65_HS1-834228961_62-HQ-83894_Section_1
Agency: FBI
Page 178
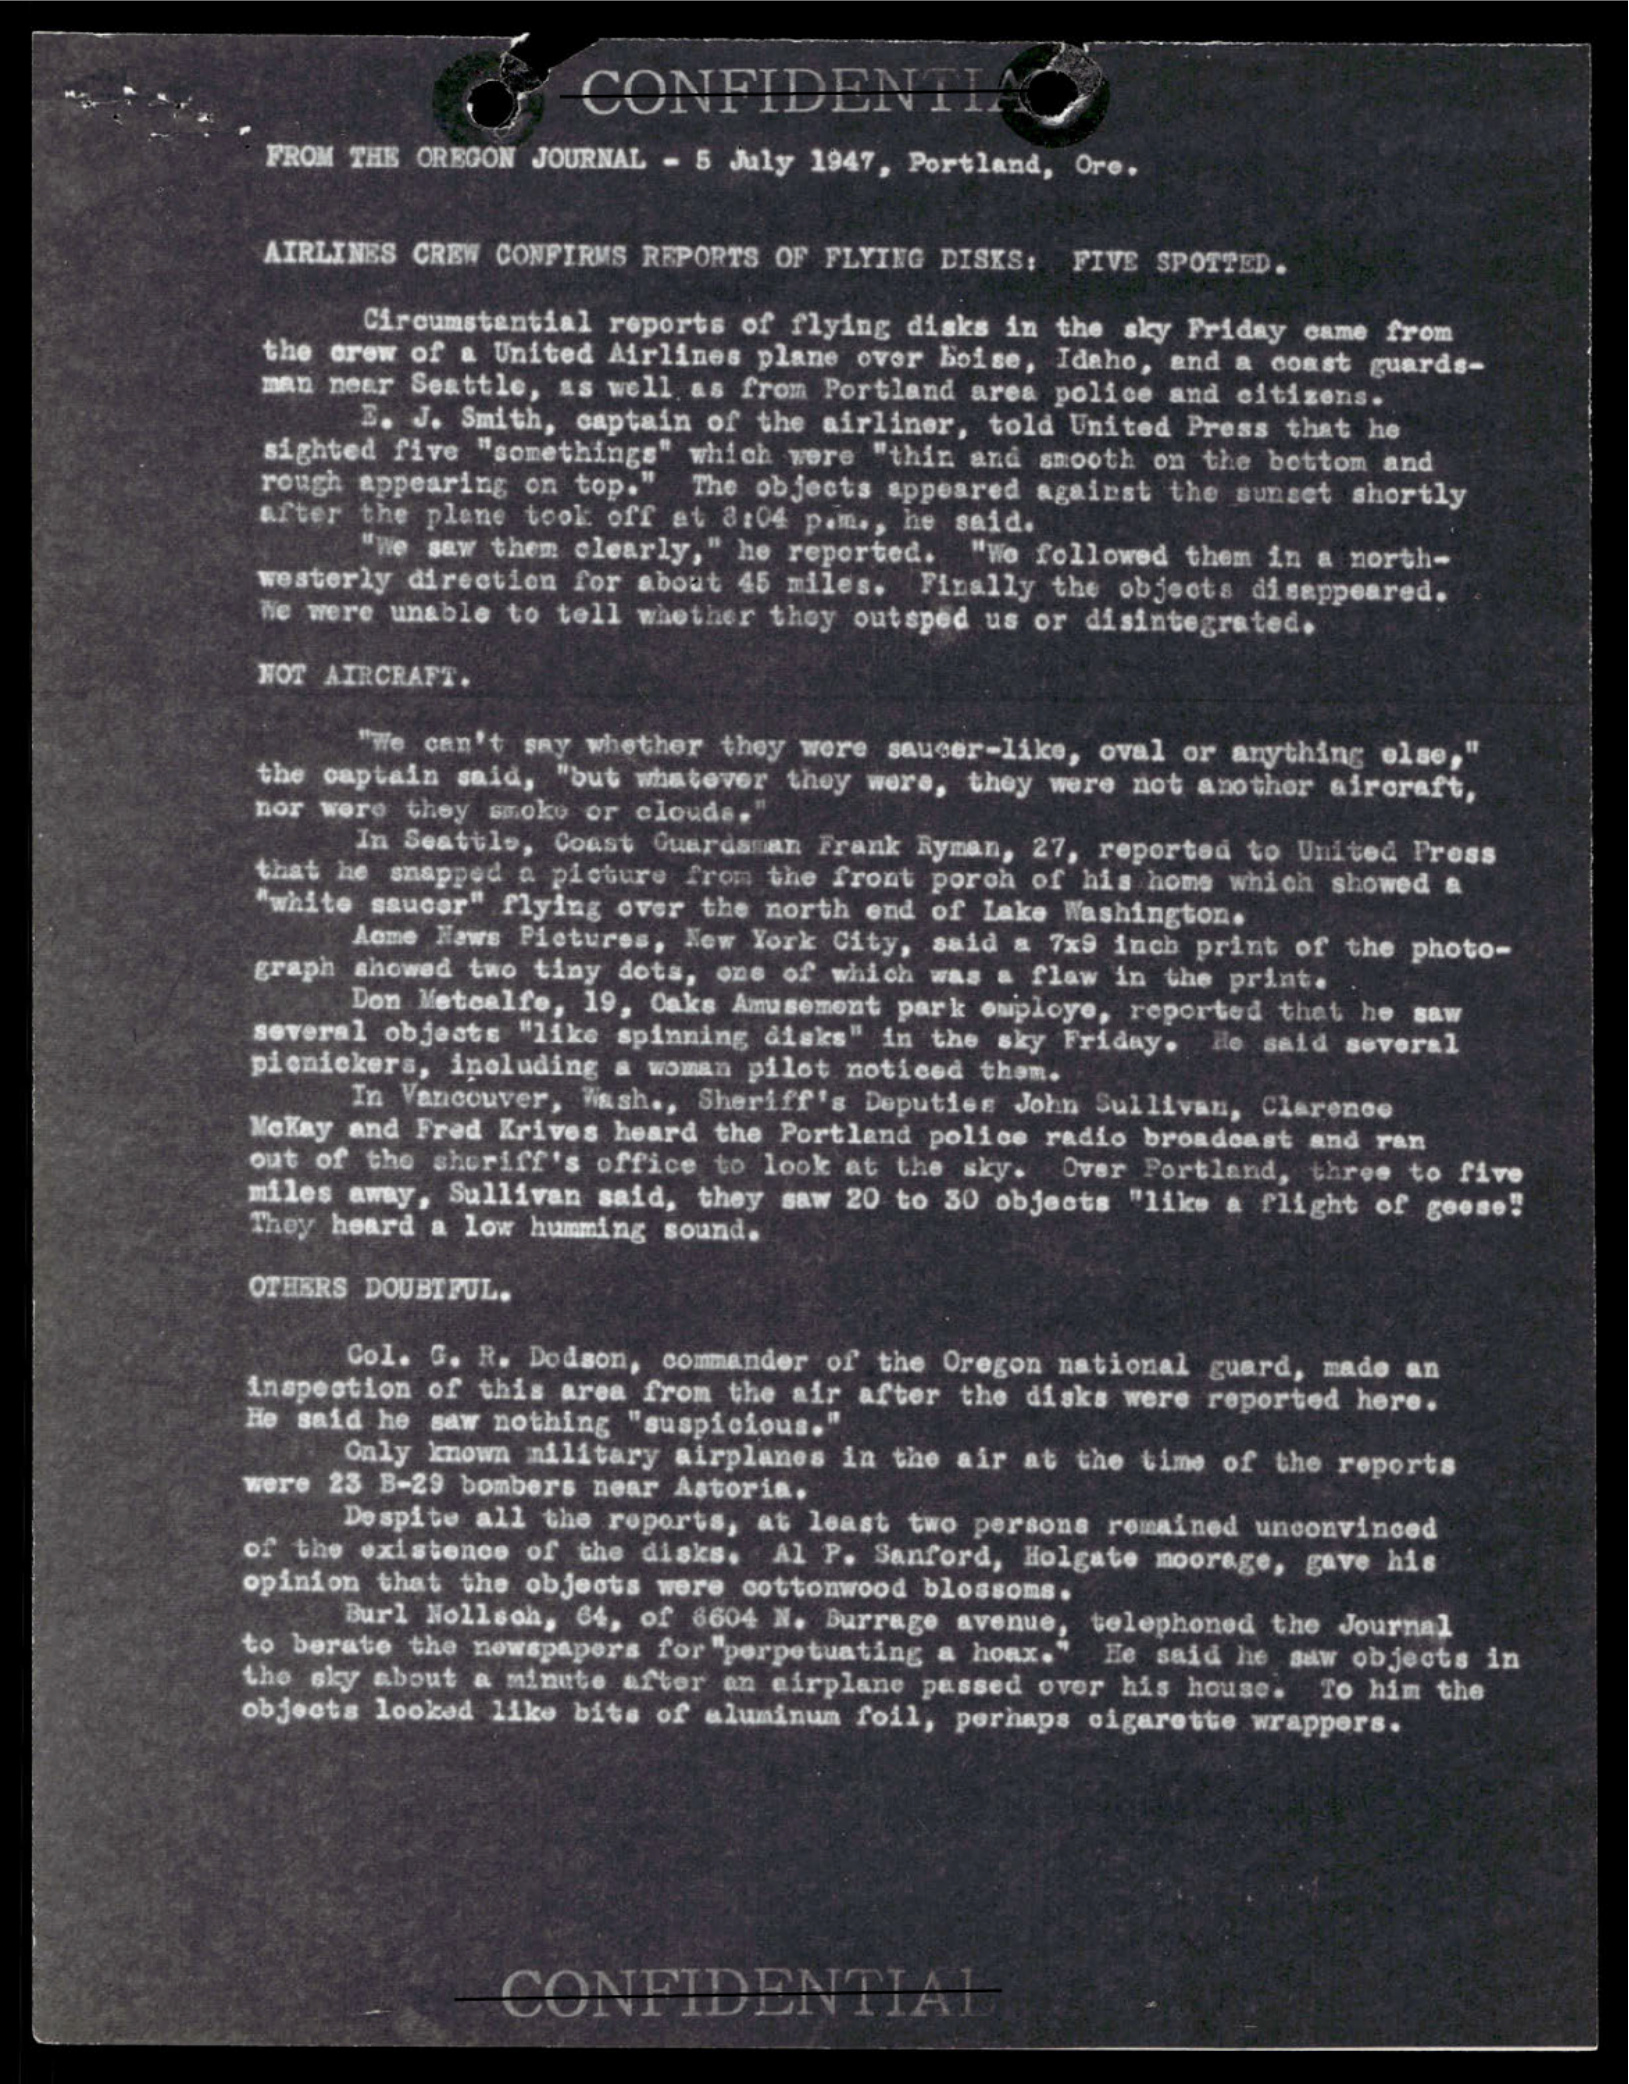